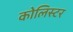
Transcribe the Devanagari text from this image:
कोलिस्टर